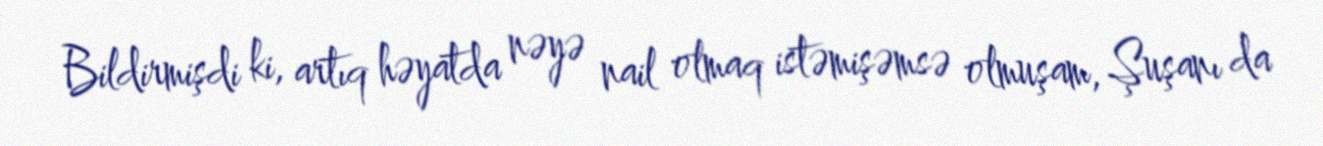
Bildirmişdi ki, artıq həyatda nəyə nail olmaq istəmişəmsə olmuşam, Şuşanı da